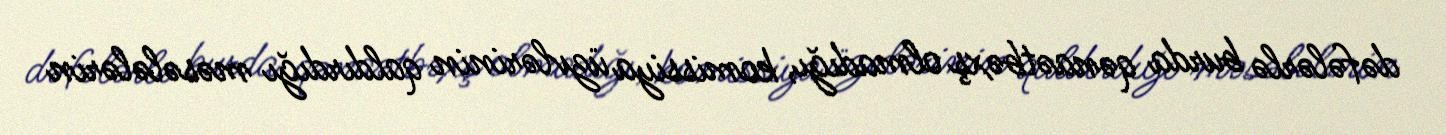
dəfələrlə burda qənaətbəxş olmadığı, komissiya üzvlərinin qaldırdığı məsələlərin